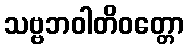
သဗ္ဗဘဝါတိဝတ္တော